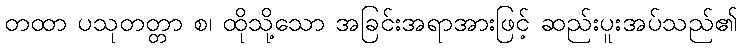
တထာ ပသုတတ္တာ စ၊ ထိုသို့သော အခြင်းအရာအားဖြင့် ဆည်းပူးအပ်သည်၏